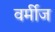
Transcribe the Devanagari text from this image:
वर्मीज